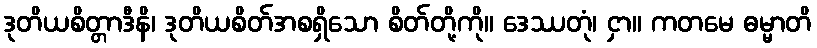
ဒုတိယစိတ္တာဒီနိ၊ ဒုတိယစိတ်အစရှိသော စိတ်တို့ကို။ ဒေဿတုံ၊ ငှာ။ ကတမေ ဓမ္မာတိ